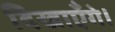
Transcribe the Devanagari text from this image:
दिखाएँगे।